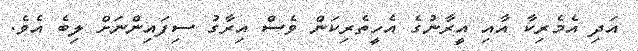
އަދި އެމެރިކާ އާއި އީރާނުގެ އެހީތެރިކަން ވެސް އިރާގު ސިފައިންނަށް ލިބެ އެވެ.